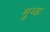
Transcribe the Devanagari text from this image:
मूव्ड